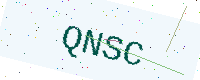
Text: QNSC